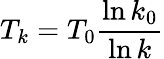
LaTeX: T_{k}=T_{0}\frac{\ln{k_{0}}}{\ln{k}}